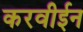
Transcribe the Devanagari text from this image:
करवीईन